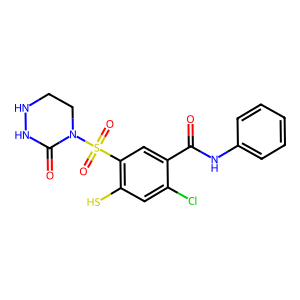
SMILES: O=C(Nc1ccccc1)c1cc(S(=O)(=O)N2CCNNC2=O)c(S)cc1Cl
Inhibits HIV replication: Yes